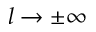
l \rightarrow \pm \infty